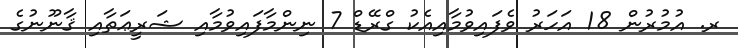
ރ. އުމުރުން 18 އަހަރު ވެފައިވުމާއިއެކު ގްރޭޑް 7 ނިންމާފައިވުމާއި ޝަރީޢަތާއި ޤާނޫނުގެ